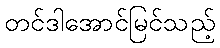
တင်ဒါအောင်မြင်သည့်